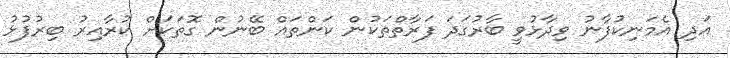
އަދި އެމަނިކުފާނު ވިދާޅުވީ ބާރުގަދަ ފަރާތްތަކުން ކަންތައްް ބޭނުން ގޮތަކަށް ކުރާއިރު ބިރުފުޅު